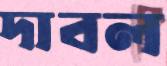
দাবল